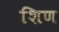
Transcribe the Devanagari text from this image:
शिण